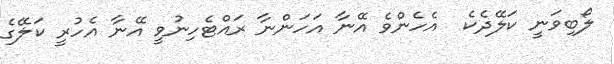
ލޯބިވަނީ ކަލޭދެކެ  އެހެންވެ އޭނާ އަހަންނާ ރައްޓެހިނުވީ އޭނާ އެހުރީ ކަލޭގެ